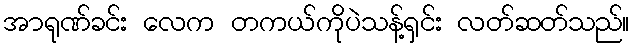
အာရုဏ်ခင်း လေက တကယ်ကိုပဲသန့်ရှင်း လတ်ဆတ်သည်။